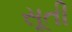
સૂતી